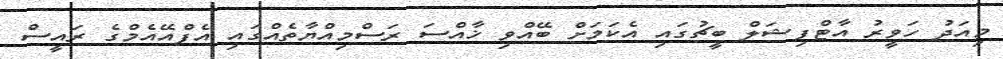
މިއަދު ހަވީރު އާޓްފިޝަލް ބީޗުގައި އެކަމަށް ބޭއްވި ޚާއްސަ ރަސްމިއްޔާތެއްގައި އެފްއޭއެމްގެ ރައީސް